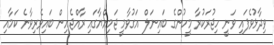
ވިދާޅުވެފައި ވަނީ ހިޖުރަކުރާ މީހުންގެ ބައިނަލް އަގުވާމީ ޖަމިއްޔާގައި ރާއްޖެއިން ބައިވެރިވާނެ ކަމާއި